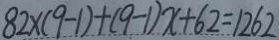
8 2 \times ( 9 - 1 ) + ( 9 - 1 ) x + 6 2 = 1 2 6 2